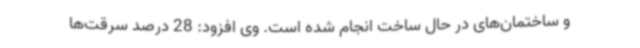
و ساختمان‌های در حال ساخت انجام شده است. وی افزود: 28 درصد سرقت‌ها